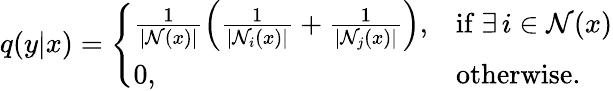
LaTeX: \begin{array}{r}{q(y|x)=\left\{ \begin{array}{ll}{\frac{1}{|\mathcal{N}(x)|}\left(\frac{1}{|\mathcal{N}_{i}(x)|}+\frac{1}{|\mathcal{N}_{j}(x)|}\right),}&{\mathrm{if}~\exists\, i\in\mathcal{N}(x)}\\ {0,}&{\mathrm{otherwise}.}\end{array}\right.}\end{array}